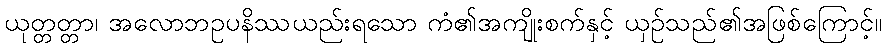
ယုတ္တတ္တာ၊ အလောဘဥပနိဿယည်းရသော ကံ၏အကျိုးစက်နှင့် ယှဉ်သည်၏အဖြစ်ကြောင့်။